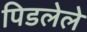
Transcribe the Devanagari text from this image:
पिडलेले